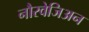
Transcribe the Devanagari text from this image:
नौरवेजिअन